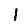
Digit: 1